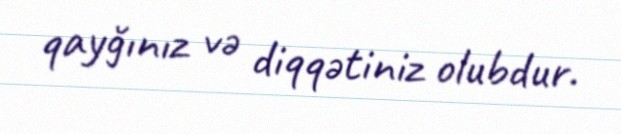
qayğınız və diqqətiniz olubdur.